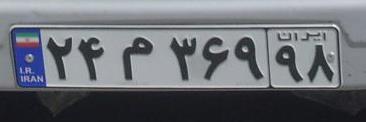
۲۴م۳۶۹۹۸